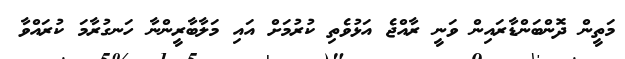
މަތީން ދޮންބަންޑާރައިން ވަނީ ރާއްޖެ އަޅުވެތި ކުރުމަށް އައި މަލާބާރީންނާ ހަނގުރާމަ ކުރައްވާ